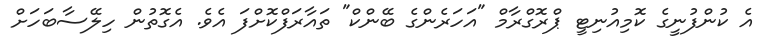
އެ ކުންފުނީގެ ކޮމިއުނިޓީ ޕްރޮގްރާމް "އަހަރެންގެ ބޭންކް" ތައާރަފްކޮށްފަ އެވެ. އެގޮތުން ހިލޭސާބަހަށް